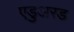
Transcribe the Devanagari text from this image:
एडुअरड